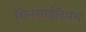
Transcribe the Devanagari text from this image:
सिनसाईटियम